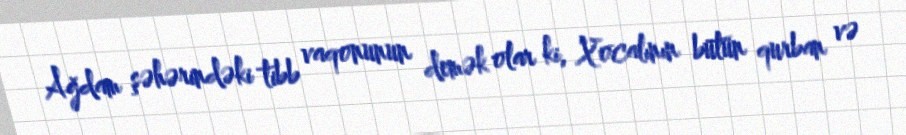
Ağdam şəhərindəki tibb vaqonunun demək olar ki, Xocalının bütün qurban və